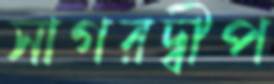
সাগরদ্বীপ